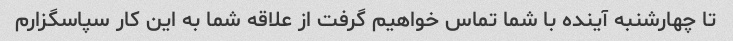
تا چهارشنبه آینده با شما تماس خواهیم گرفت از علاقه شما به این کار سپاسگزارم